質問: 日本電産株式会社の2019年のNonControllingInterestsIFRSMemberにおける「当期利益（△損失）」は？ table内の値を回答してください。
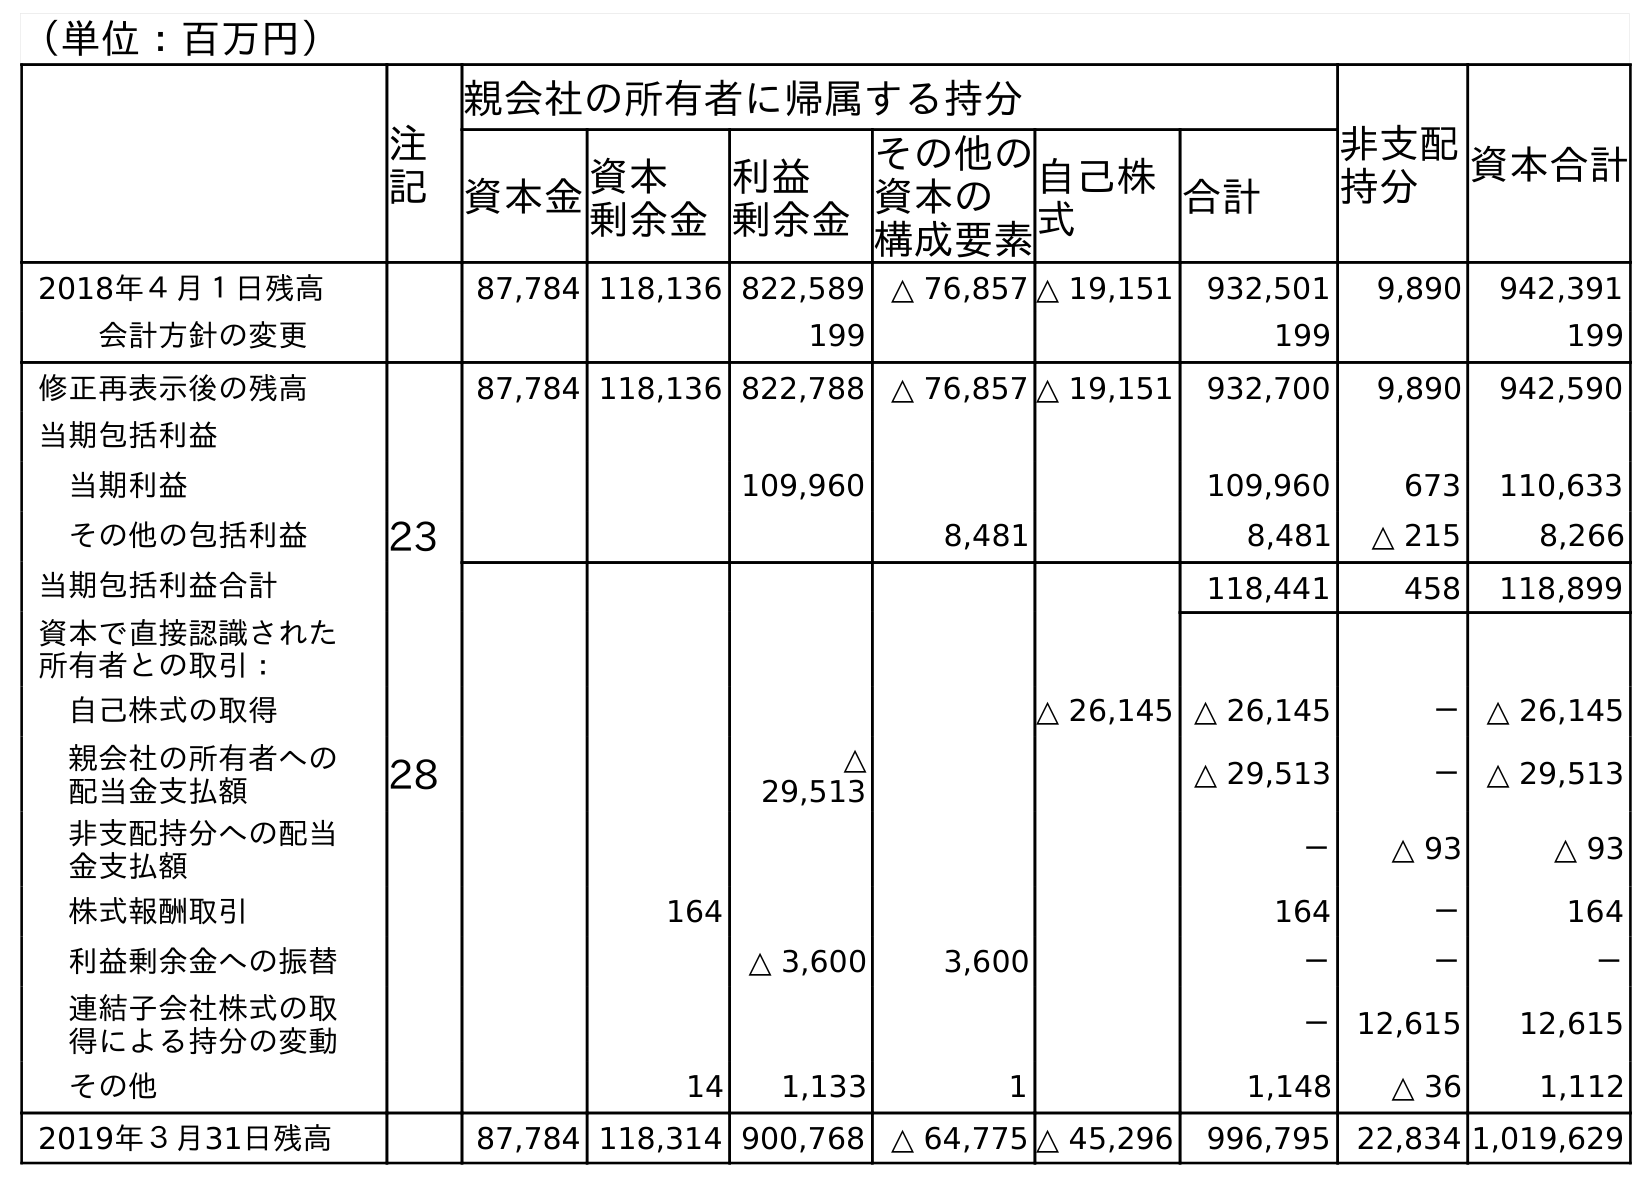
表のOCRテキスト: （単位：百万円） 注 記 親会社の所有者に帰属する持分 非支配 持分 資本合計 資本金資本 剰余金 利益 剰余金 その他の 資本の 構成要素 自己株 式 合計 2018年４月１日残高 87,784 118,136 822,589 △ 76,857 △ 19,151 932,501 9,890 942,391 会計方針の変更 199 199 199 修正再表示後の残高 87,784 118,136 822,788 △ 76,857 △ 19,151 932,700 9,890 942,590 当期包括利益 当期利益 109,960 109,960 673 110,633 その他の包括利益 23 8,481 8,481 △ 215 8,266 当期包括利益合計 118,441 458 118,899 資本で直接認識された 所有者との取引： 自己株式の取得 △ 26,145 △ 26,145 － △ 26,145 親会社の所有者への 配当金支払額 28 △ 29,513 △ 29,513 － △ 29,513 非支配持分への配当 金支払額 － △ 93 △ 93 株式報酬取引 164 164 － 164 利益剰余金への振替 △ 3,600 3,600 － － － 連結子会社株式の取 得による持分の変動 － 12,615 12,615 その他 14 1,133 1 1,148 △ 36 1,112 2019年３月31日残高 87,784 118,314 900,768 △ 64,775 △ 45,296 996,795 22,834 1,019,629
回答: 673